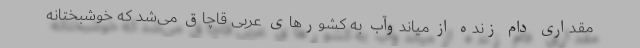
مقداری دام زنده از میاندوآب به کشورهای عربی قاچاق می‌شد که خوشبختانه